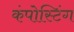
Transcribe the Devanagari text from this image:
कंपोस्टिंग